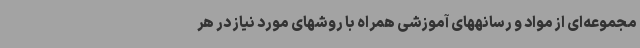
مجموعه‌ای از مواد و رسانههای آموزشی همراه با روشهای مورد نیاز در هر